Tezpur Lunatic Asylum reports 1877-1894 - 1877-1894
Year: 1877
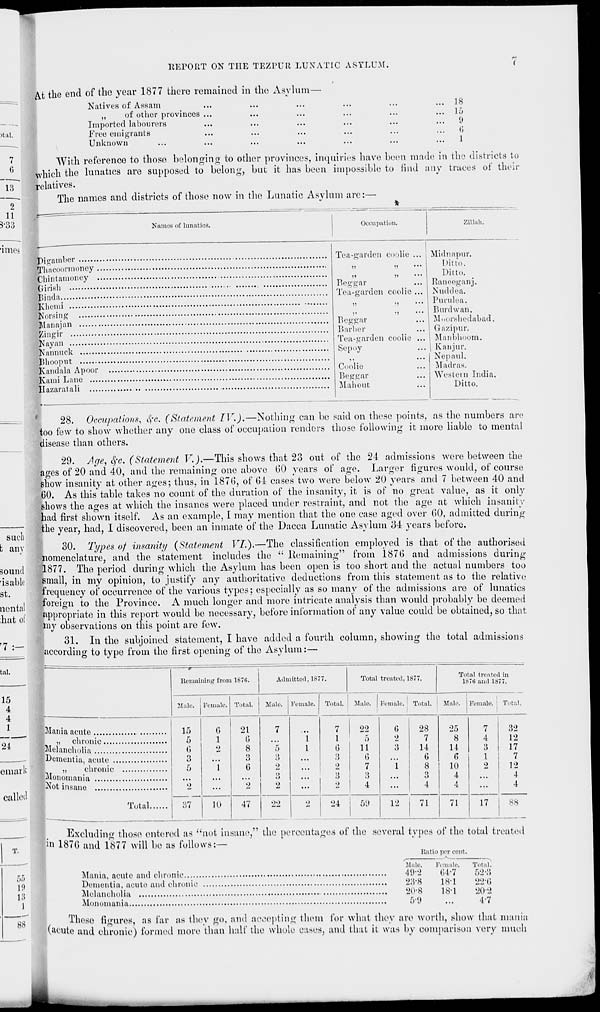
REPORT ON THE TEZPUIl LUNATIC ASYLUM.
>tal.
A.t the end of the year 1877 there remained in the Asylum—
Natives of Assam
,,
of other provinces ...
Imported labourers
Free emigrants
Unknown
18
lo
9
6
1
13
11
3-33
'imos
With reference to those belonging to other provinces, inquiries have been made in the districts to
which the lunatics are supposed to belong, but it has been impossible to find any traces of their
relatives.
The names and districts of those now in the Lunatic Asylum are:—
Names of lunatics.
Occupation.
Zillah.
Pigainber
,
Thacoormoney
Chintarnoney
Girisli
Binda
Klienii
Norsing
Manajan
Zingir
Nay an
Kalmuck
Bliooput
Kandala Apoor
Kami Lane ...
Hazaratali ...
Tea-garden coolie
>>
>>
1)
)!
Beggar
Tea-garden coolie
>i
;>
)'
'i
Beggar
Barber
Tea-garden coolie
Sepoy
Coolie
Beggar
Mahout
Midnapur.
Ditto.
Ditto.
Raneeganj.
Nuddea.
Purulea.
Burdwan.
Moorshedabad.
Gazipur.
Manbhoom.
Kanjur.
Nepaul.
Madras.
Western India.
Ditto.
such
t any
sound
r isablc
St.
nental
;hat of
7 :-
tal.
15
4
4
1
24
omaiK
sailed
28. Occupations, SfO. (Statement IV.).—Nothing can be said on these points, as the numbers are
too few to show whether any one class of occupation renders those following it more liable to mental
disease than others.
29. Ape, eye. (Statement V.).—This shows that 23 out of the 24 admissions were between the
ages of 20 and 40, and the remaining one above 60 years of age. Larger figures would, of course
show insanity at other ages; thus, in 187(5, of 64 cases two were below 20 years and 7 between 40 and
60. As this table takes no count of the duration of the insanity, it is of no great value, as it only
shows the ages at which the insanes were placed under restraint, and not the age at which insanity
had first shown itself. As an example, I may mention that the one case aged over 60, admitted during
the year, had, I discovered, been an inmate of the Dacca Lunatic Asylum 34 years before.
30. Types of insanity {Statement VI.).—The classification employed is that of the authorised
nomenclature, and the statement includes the " Remaining" from 1876 and admissions during
1877. The period during which the Asylum has been open is too short and the actunl numbers too
small, in my opinion, to justify any authoritative deductions from this statement as to the relative
frequency of occurrence of the various types; especially as so many of the admissions are of lunatics
foreign to the Province. A much longer and more intricate analysis than would probably be deemed
appropriate in this report would be necessary, before information of any value could be obtained, so that
my observations on this point are few.
31. In the subjoined statement, I have added a fourth column, showing the total admissions
according to type from the first opening of the Asylum:—
Remaining from 187(i.
Admitted, 1877.
Total treated, 1877.
Total treated in
187ti and 1877.
Male, i Female. Total. Male. Female. Total. Male. Female, Total, i Male. Female. ' Total.
Mania acute
t, chronic
Melancholia
,
Dementia, acute
,,
chronic
Monomania
Not insane
,
Total
If)
6
21
7
5
I
(1
(i
«>
8
5
3
0
3
5
I
0
2
...
3
2
2
9
...
37
10
47
22
7
1
G
3
3
22
5
11
6
7
24
59
G
28
25
7
2
7
8
4
3
14
14
3
G
0
1
1
8
10
0
3
4
...
4
4
...
12
71
71
17
32
12
17
7
12
4
4
ss
T.
55
1!)
13
1
88
Excluding those entered as "not insane," the percentages of the several types of the total treated
in 187G and 1877 will be as follows:—
Ratio per cent.
Male.
Female.
Total,
Mania, acute and chronic
49*2
64*7
52*8
Dementia, acute and chronic
23-8
1ST
22(i
Melancholia,
208
18T
20*2
Monomania
5*9
...
4*7
These figures, as far as ihey go, and accepting them for what they are worth, show that mania
laeute and chronic) formed more than half the whole cases, and that it was by comparison very much